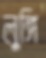
লুঙ্গি